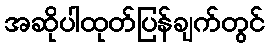
အဆိုပါထုတ်ပြန်ချက်တွင်